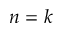
n = k